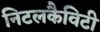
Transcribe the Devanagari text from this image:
निटलकैविटी